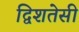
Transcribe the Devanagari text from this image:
द्विशतेसी